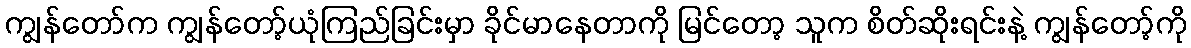
ကျွန်တော်က ကျွန်တော့်ယုံကြည်ခြင်းမှာ ခိုင်မာနေတာကို မြင်တော့ သူက စိတ်ဆိုးရင်းနဲ့ ကျွန်တော့်ကို